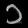
Digit: ၁